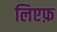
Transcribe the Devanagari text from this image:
लिएफ़